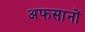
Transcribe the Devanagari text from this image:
अफसानों